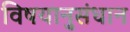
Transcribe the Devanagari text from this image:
विषयानुसंधान